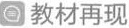
教材再现